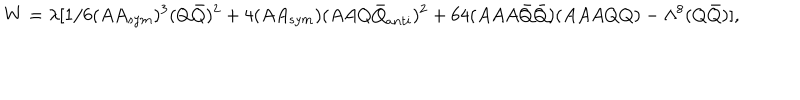
W = \lambda [ 1 / 6 ( A A _ { s y m } ) ^ { 3 } ( Q { \bar { Q } } ) ^ { 2 } + 4 ( A A _ { s y m } ) ( A A Q { \bar { Q } } _ { a n t i } ) ^ { 2 } + 6 4 ( A A A { \bar { Q } } { \bar { Q } } ) ( A A A Q Q ) - \Lambda ^ { 8 } ( Q { \bar { Q } } ) ] ,